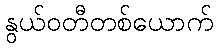
နွယ်ဝတီတစ်ယောက်